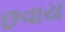
છવાય